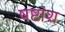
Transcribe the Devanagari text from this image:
षष्टांश